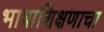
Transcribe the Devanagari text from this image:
भाषाशिक्षणाचा